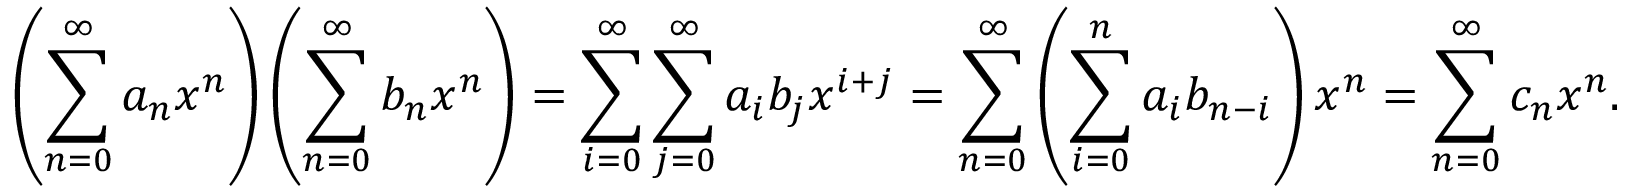
\left( \sum _ { n = 0 } ^ { \infty } a _ { n } x ^ { n } \right) \left( \sum _ { n = 0 } ^ { \infty } b _ { n } x ^ { n } \right) = \sum _ { i = 0 } ^ { \infty } \sum _ { j = 0 } ^ { \infty } a _ { i } b _ { j } x ^ { i + j } = \sum _ { n = 0 } ^ { \infty } \left( \sum _ { i = 0 } ^ { n } a _ { i } b _ { n - i } \right) x ^ { n } = \sum _ { n = 0 } ^ { \infty } c _ { n } x ^ { n } .